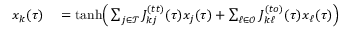
\begin{array} { r l } { x _ { k } ( \tau ) } & { { } = \mathrm { t a n h } \Big ( \sum _ { j \in \mathcal { T } } J _ { k j } ^ { ( t t ) } ( \tau ) x _ { j } ( \tau ) + \sum _ { \ell \in \mathcal { O } } J _ { k \ell } ^ { ( t o ) } ( \tau ) x _ { \ell } ( \tau ) \Big ) } \end{array}